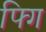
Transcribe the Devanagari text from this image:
फ्गि